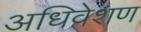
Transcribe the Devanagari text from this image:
अधिवेशण